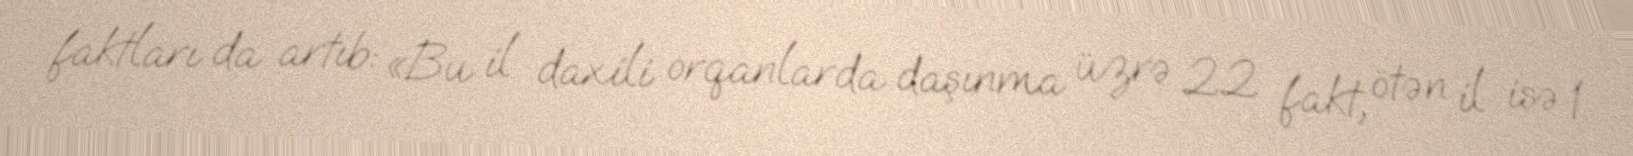
faktları da artıb: «Bu il daxili orqanlarda daşınma üzrə 22 fakt, ötən il isə 1